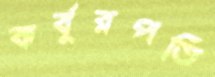
কর্বুরপতি